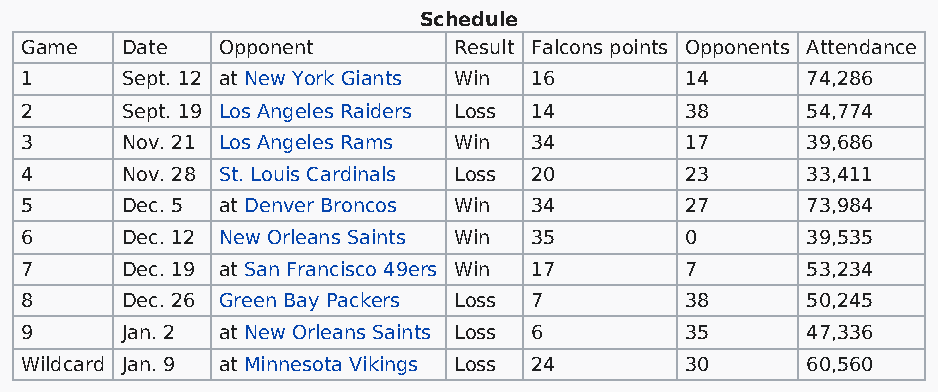
Schedule
 Game   Date  Opponent        Result Falcons points Opponents Attendance
 1      Sept. 12 at New York Giants Win 16   14      74,286
 2      Sept. 19 Los Angeles Raiders Loss 14 38      54,774
 3      Nov. 21 Los Angeles Rams Win 34      17      39,686
 4      Nov. 28 St. Louis Cardinals Loss 20  23      33,411
 5      Dec. 5 at Denver Broncos Win 34      27      73,984
 6      Dec. 12 New Orleans Saints Win 35    0       39,535
 7      Dec. 19 at San Francisco 49ers Win 17 7      53,234
 8      Dec. 26 Green Bay Packers Loss 7     38      50,245
 9      Jan. 2 at New Orleans Saints Loss 6  35      47,336
 Wildcard Jan. 9 at Minnesota Vikings Loss 24 30     60,560